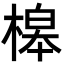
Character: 槔